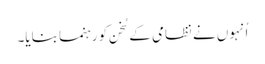
اُنہوں نے نظامی کے سُخن کو رہنما بنایا۔